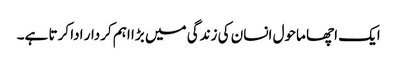
ایک اچھا ماحول انسان کی زندگی میں بڑا اہم کردار ادا کرتا ہے۔